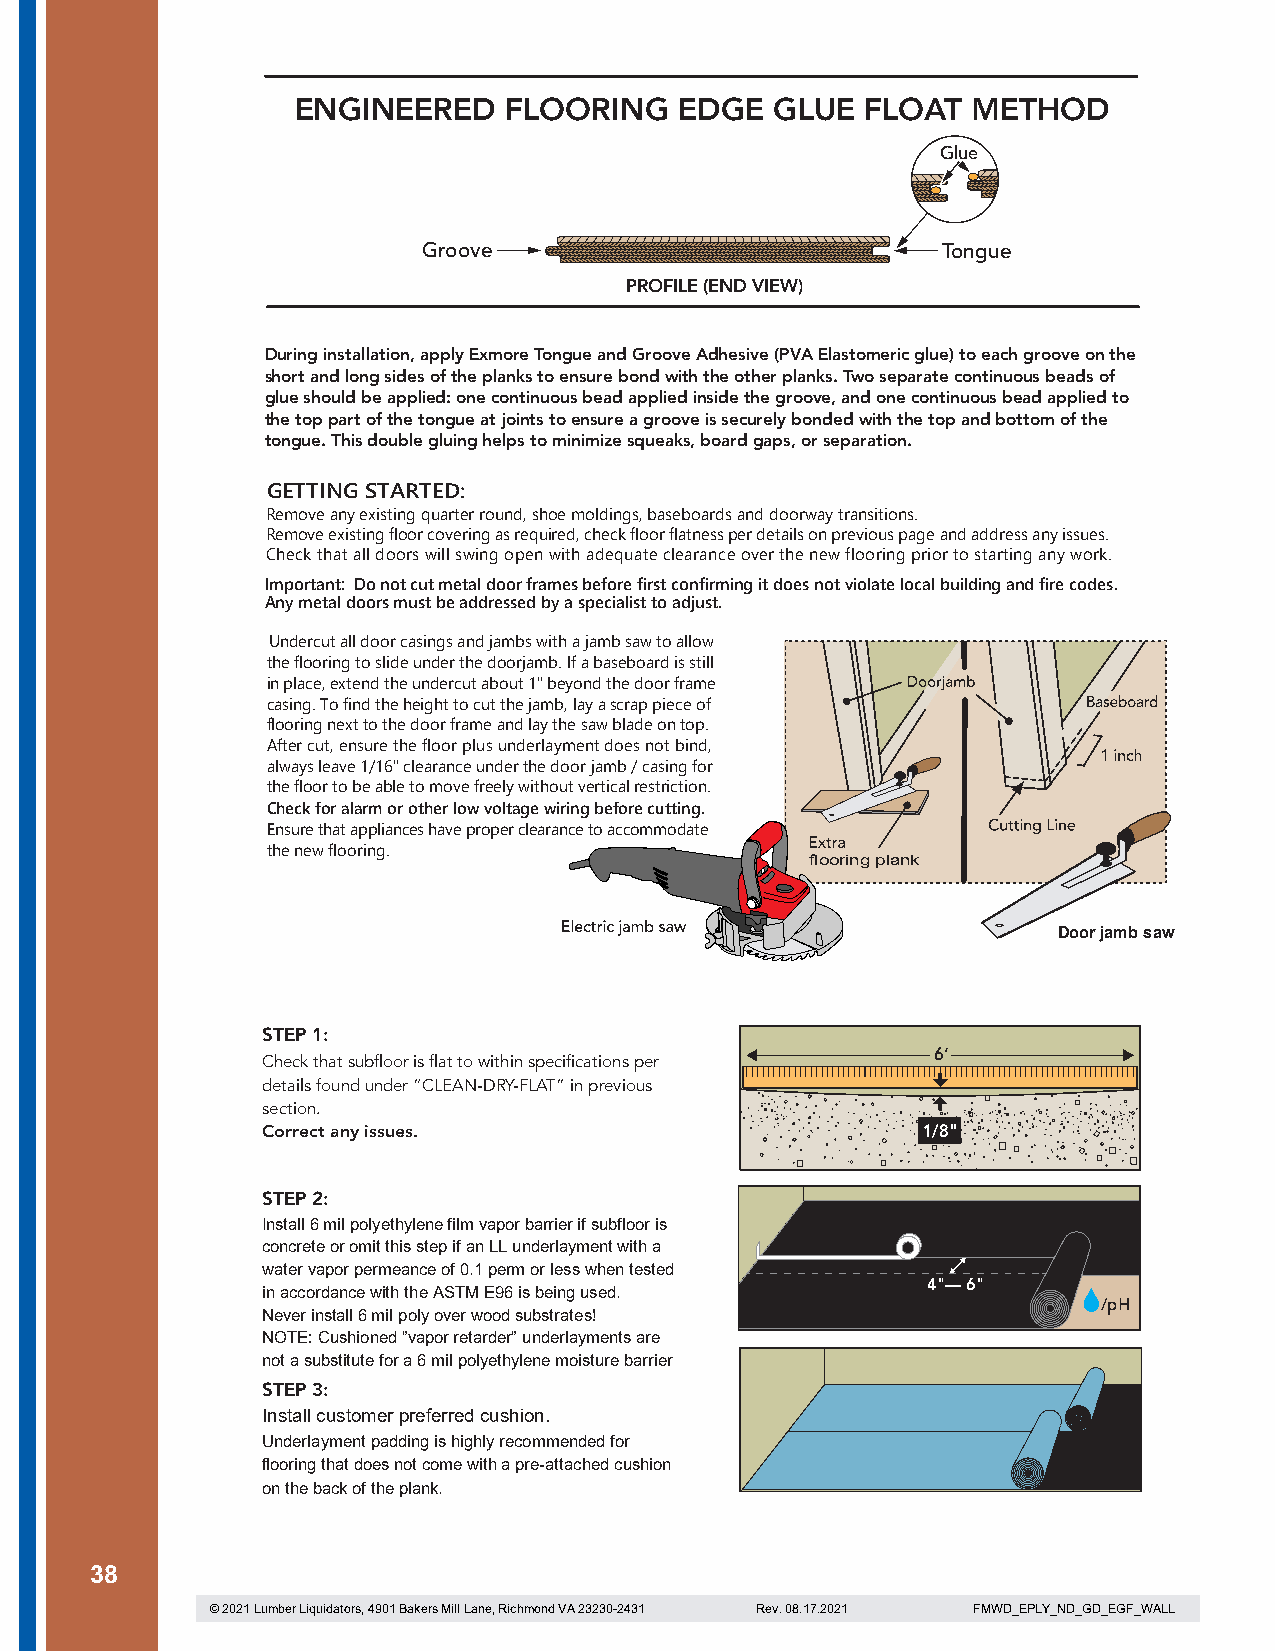
ENGINEERED   FLOORING    EDGE  GLUE  FLOAT  METHOD
 Glue
 Groove                            Tongue
 PROFILE (END VIEW)
 During installation, apply Exmore Tongue and Groove Adhesive (PVA Elastomeric glue) to each groove on the
 short and long sides of the planks to ensure bond with the other planks. Two separate continuous beads of
 glue should be applied: one continuous bead applied inside the groove, and one continuous bead applied to
 the top part of the tongue at joints to ensure a groove is securely bonded with the top and bottom of the
 tongue. This double gluing helps to minimize squeaks, board gaps, or separation.
 GETTING STARTED:
 Remove any existing quarter round, shoe moldings, baseboards and doorway transitions.
 Remove existing floor covering as required, check floor flatness per details on previous page and address any issues.
 Check that all doors will swing open with adequate clearance over the new flooring prior to starting any work.
 Important: Do not cut metal door frames before first confirming it does not violate local building and fire codes.
 Any metal doors must be addressed by a specialist to adjust.
 Undercut all door casings and jambs with a jamb saw to allow
 the flooring to slide under the doorjamb. If a baseboard is still
 in place, extend the undercut about 1" beyond the door frame
 casing. To find the height to cut the jamb, lay a scrap piece of
 flooring next to the door frame and lay the saw blade on top.
 After cut, ensure the floor plus underlayment does not bind,
 always leave 1/16" clearance under the door jamb / casing for
 the floor to be able to move freely without vertical restriction.
 Check for alarm or other low voltage wiring before cutting.
 Ensure that appliances have proper clearance to accommodate
 the new flooring.
 flooring plank
 Door jamb saw
 STEP 1:
 6’
 Check that subfloor is flat to within specifications per
 details found under “CLEAN-DRY-FLAT” in previous
 section.
 Correct any issues.                         1/8"
 STEP 2:
 Install 6 mil polyethylene film vapor barrier if subfloor is
 concrete or omit this step if an LL underlayment with a
 water vapor permeance of 0.1 perm or less when tested
 4"— 6"
 in accordance with the ASTM E96 is being used.
 /pH
 Never install 6 mil poly over wood substrates!
 NOTE: Cushioned ”vapor retarder” underlayments are
 not a substitute for a 6 mil polyethylene moisture barrier
 STEP 3:
 Install customer preferred cushion.
 Underlayment padding is highly recommended for
 flooring that does not come with a pre-attached cushion
 on the back of the plank.
 38
 © 2021 Lumber Liquidators, 4901 Bakers Mill Lane, Richmond VA 23230-2431 Rev. 08.17.2021 FMWD_EPLY_ND_GD_EGF_WALL